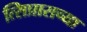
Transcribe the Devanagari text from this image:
त्सिप्रासच्या